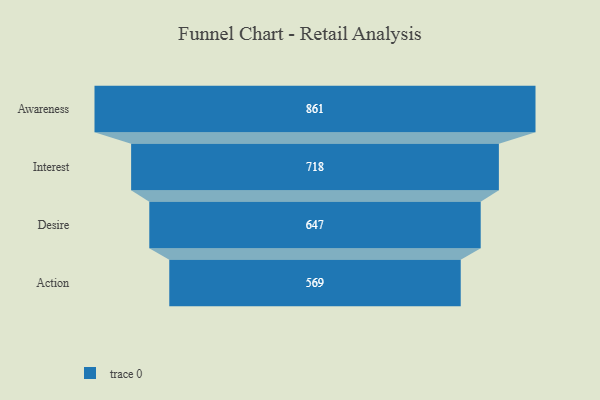
{"axis": {"x": "Stage", "y": "Value"}, "legend": [""], "data": [{"x": "Awareness", "y": 861.0, "type": ""}, {"x": "Interest", "y": 718.0, "type": ""}, {"x": "Desire", "y": 647.0, "type": ""}, {"x": "Action", "y": 569.0, "type": ""}]}